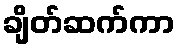
ချိတ်ဆက်ကာ